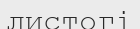
листогі